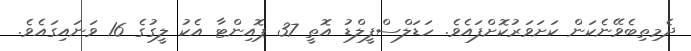
ދެމިތިބެވޭނެކަން ކަށަވަރުކޮށްފައެވެ. ހަޑަލްސްފީލްޑު އޮތީ 37 ޕޮއިންޓާ އެކު ލީގުގެ 16 ވަނައިގައެވެ.